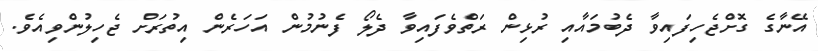
އޭނާގެ ގޮށްޖެހިފައިވާ ދެބުމައާއި ރުޅިން ރަތްވެފައިވާ ދެލޯ ފެނުމުން އަހަރެން އިތުރަށް ޖެހިލުންވިއެވެ.